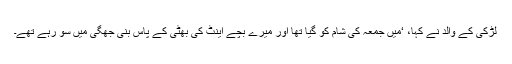
لڑکی کے والد نے کہا، ‘میں جمعہ کی شام کو گیا تھا اور میرے بچے اینٹ کی بھٹی کے پاس بنی جھگی میں سو رہے تھے۔